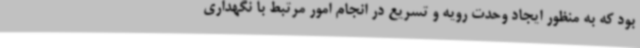
بود که به منظور ایجاد وحدت رویه و تسریع در انجام امور مرتبط با نگهداری